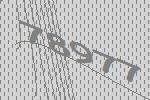
78977